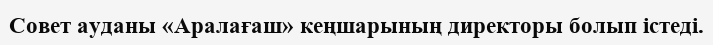
Совет ауданы «Аралағаш» кеңшарының директоры болып істеді.